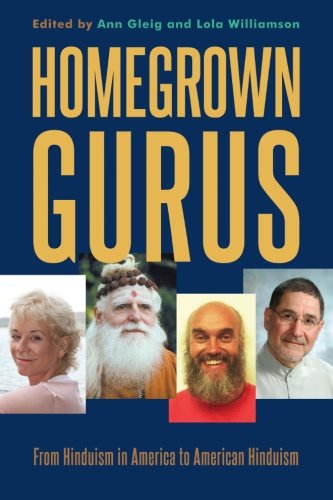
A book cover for Homegrown Gurus: From Hinduism in America to American Hinduism; Religion & Spirituality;